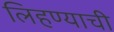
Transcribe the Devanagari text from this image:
लिहण्याची